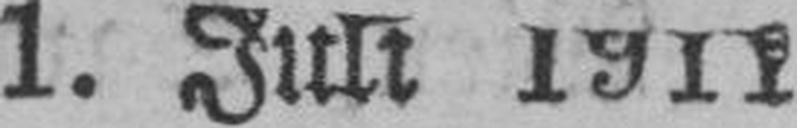
1. Juli 1911